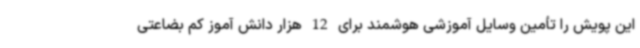
این پویش را تأمین وسایل آموزشی هوشمند برای 12 هزار دانش آموز کم بضاعتی